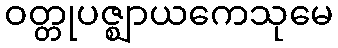
ဝတ္တုပဇ္ဈာယကေသုမေ